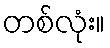
တစ်လုံး။